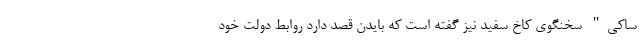
ساکی" سخنگوی کاخ سفید نیز گفته است که بایدن قصد دارد روابط دولت خود